Civil Veterinary Department. United Provinces 1912-22 - 1912-1922
Year: 1912
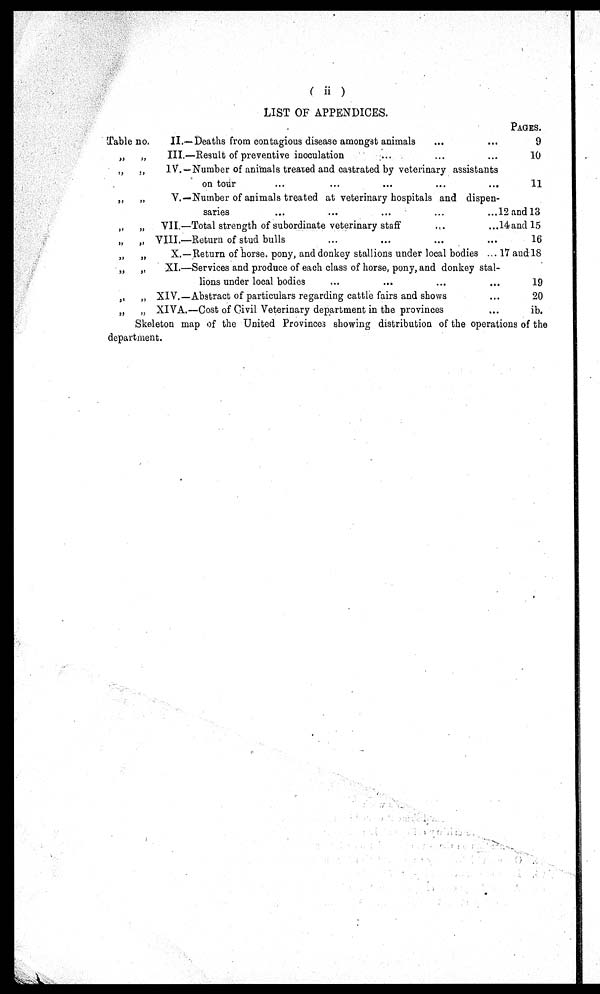
(ii)
LIST OF APPENDICES.
Table no.
„ „
„ „
„ „
„ „
„ „
„
„
„ „
„ „
„ „
II.—Deaths from contagious disease amongst animals ... ...
III.—Result of preventive inoculation ... ... ...
IV. —Number of animals treated and castrated by veterinary assistants
on tour ... ... ... ... ...
V.—Number of animals treated at veterinary hospitals and dispen-
saries ... ... ... ... ...
VII.—Total strength of subordinate veterinary staff ... ...
VIII.—Return of stud bulls ... ... ... ...
X.—Return of horse, pony, and donkey stallions under local bodies ...
XI.—Services and produce of each class of horse, pony, and donkey stal-
lions under local bodies ... ... ... ...
XIV.—Abstract of particulars regarding cattle fairs and shows ...
XIVA.—Cost of Civil Veterinary department in the provinces ...
PAGES.
9
10
11
12 and 13
14 and 15
16
17 and 18
19
20
ib.
Skeleton map of the United Provinces showing distribution of the operations of the
department.